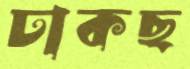
ঢাকছ